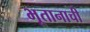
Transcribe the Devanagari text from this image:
भूतानाची